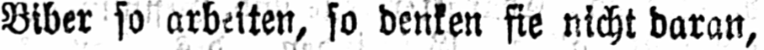
Biber so arbeiten, so denken sie nicht daran,